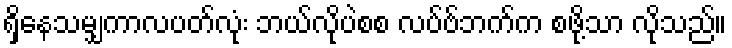
ရှိနေသမျှကာလပတ်လုံး ဘယ်လိုပဲစစ လပ်ဗ်ဘက်က စဖို့သာ လိုသည်။